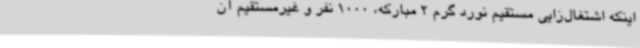
اینکه اشتغال‌زایی مستقیم نورد گرم 2 مبارکه، 1000 نفر و غیرمستقیم آن